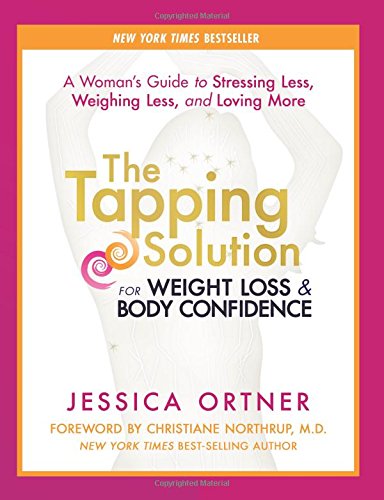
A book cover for The Tapping Solution for Weight Loss & Body Confidence: A Woman's Guide to Stressing Less, Weighing Less, and Loving More; Jessica Ortner; Health, Fitness & Dieting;